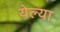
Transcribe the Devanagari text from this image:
येल्या